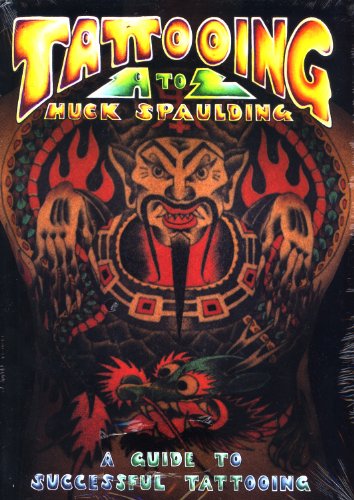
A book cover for Tattooing A to Z: A Guide to Successful Tattooing; Huck Spaulding; Reference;